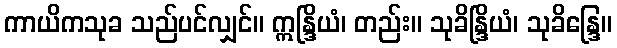
ကာယိကသုခ သည်ပင်လျှင်။ ဣန္ဒြိယံ၊ တည်း။ သုခိန္ဒြိယံ၊ သုခိန္ဒြေ။